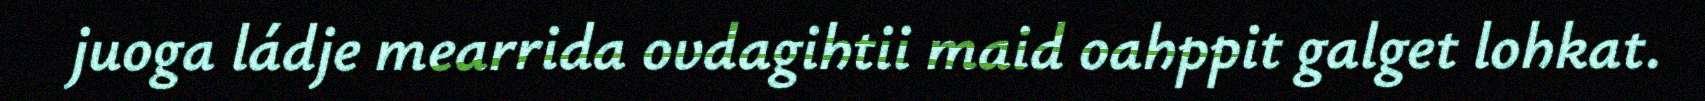
juoga ládje mearrida ovdagihtii maid oahppit galget lohkat.